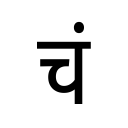
OCR:
चं